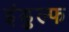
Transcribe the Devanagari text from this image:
इंडुल्फ